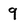
Character: 9